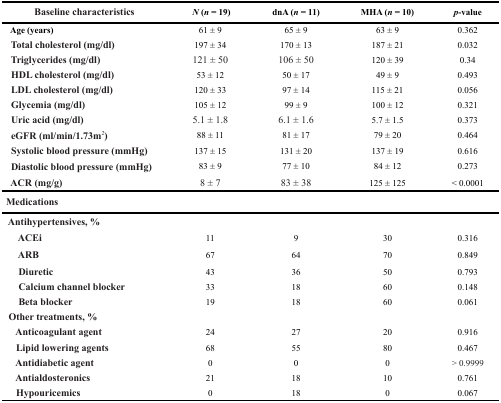
| Baseline characteristics | N (n = 19) | dnA (n= 11) | MHA (n= 10) | p-value |
 | --- | --- | --- | --- | --- |
 | Age (years) | 61 ± 9 | 65 ± 9 | 63 ± 9 | 0.362 |
 | Total cholesterol (mg/dl) | 197 ± 34 | 170 ± 13 | 187 ± 21 | 0.032 |
 | Triglycerides (mg/dl) | 121 ± 50 | 106 ± 50 | 120 ± 39 | 0.34 |
 | HDL cholesterol (mg/dl) | 53 ± 12 | 50 ± 17 | 49 ± 9 | 0.493 |
 | LDL cholesterol (mg/dl) | 120 ± 33 | 97 ± 14 | 115 ± 21 | 0.056 |
 | Glycemia (mg/dl) | 105 ± 12 | 99 ± 9 | 100 ± 12 | 0.321 |
 | Uric acid (mg/dl) | 5.1 ± 1.8 | 6.1 ± 1.6 | 5.7 ± 1.5 | 0.373 |
 | eGFR (ml/min/1.73m2) | 88 ± 11 | 81 ± 17 | 79 ± 20 | 0.464 |
 | Systolic blood pressure (mmHg) | 137 ± 15 | 131 ± 20 | 137 ± 19 | 0.616 |
 | Diastolic blood pressure (mmHg) | 83 ± 9 | 77 ± 10 | 84 ± 12 | 0.273 |
 | ACR (mg/g) | 8 ± 7 | 83 ± 38 | 125 ± 125 | < 0.0001 |
 | <COLSPAN=5> Medications |
 | Antihypertensives, % |  |  |  |  |
 | ACEi | 11 | 9 | 30 | 0.316 |
 | ARB | 67 | 64 | 70 | 0.849 |
 | Diuretic | 43 | 36 | 50 | 0.793 |
 | Calcium channel blocker | 33 | 18 | 60 | 0.148 |
 | Beta blocker | 19 | 18 | 60 | 0.061 |
 | Other treatments, % |  |  |  |  |
 | Anticoagulant agent | 24 | 27 | 20 | 0.916 |
 | Lipid lowering agents | 68 | 55 | 80 | 0.467 |
 | Antidiabetic agent | 0 | 0 | 0 | > 0.9999 |
 | Antialdosteronics | 21 | 18 | 10 | 0.761 |
 | Hypouricemics | 0 | 18 | 0 | 0.067 |